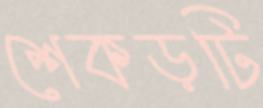
শেকড়টি